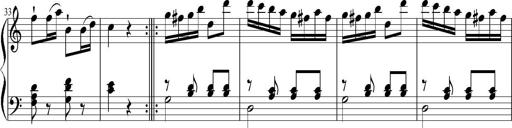
Title: 12 Sonatinas for Piano
Composer: Johann Baptist Vanhal